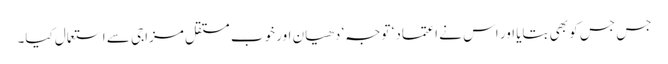
جس جس کو بھی بتایا اور اس نے اعتماد ‘ توجہ‘ دھیان اور خوب مستقل مزاجی سے استعمال کیا۔